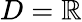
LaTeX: D=\mathbb{R}